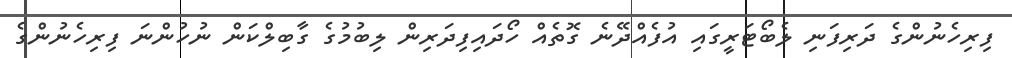
ފިރިހެނުންގެ ދަރިފަނި ލެބޯޓަރީގައި އުފެއްދޭނެ ގޮތެއް ހޯދައިފިދަރިން ލިބުމުގެ ގާބިލްކަން ނުހުންނަ ފިރިހެނުންގެ